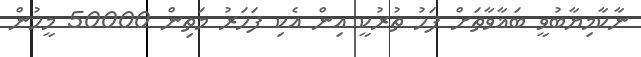
ނާކާމިޔާބުވީ ބަޣާވާތަށް ފަހު ތުރުކީ އިން އެކި ފަހަރު މަތިން 50000 މީހުން